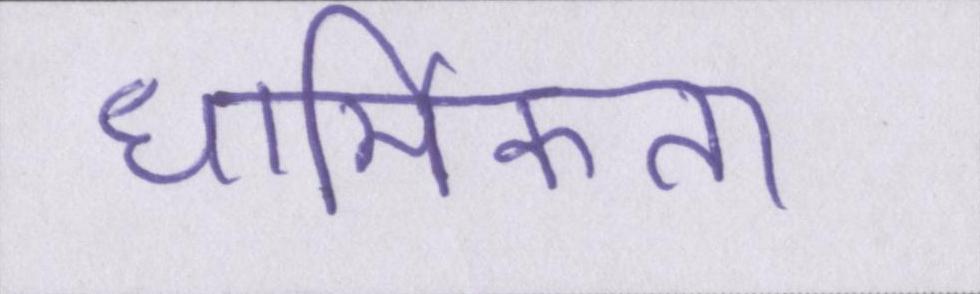
धार्मिकता